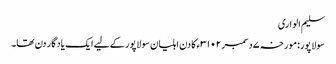
سلیم الواری
سولاپور:مورخہ ۷دسمبر ۳۱۰۲ء کا دن اہلیان سولاپور کے لیے ایک یادگار دن تھا۔